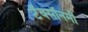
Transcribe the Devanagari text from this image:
टॅक्सॉनमी